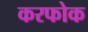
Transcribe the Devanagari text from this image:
करफोक